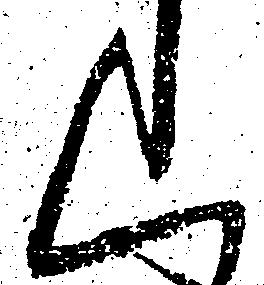
く